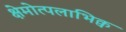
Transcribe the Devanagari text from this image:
क्षेमोत्पलाभिक्व